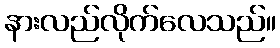
နားလည်လိုက်လေသည်။